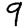
Digit: 9